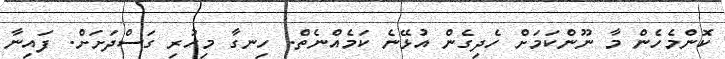
ކޮންމެހެން މާ ނޫންކަމަށް ހެދިގެން އުޅޭނެ ކަމެއްނެތް. ހިނގާ މިހުރި ގަސްދަށަށް. ފައިނާ